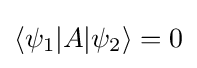
\langle \psi _{1}|A|\psi _{2}\rangle =0